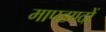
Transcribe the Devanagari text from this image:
मापडण्दों